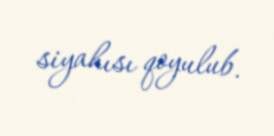
siyahısı qoyulub.